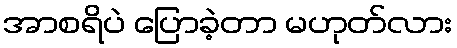
အာစရိပဲ ပြောခဲ့တာ မဟုတ်လား